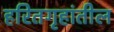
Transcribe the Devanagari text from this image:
हरितगृहांतील